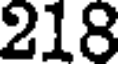
218